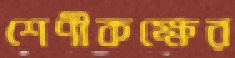
শেণীকক্ষের